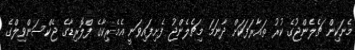
މެނަކިން ޗެލެންޖުގެ ކުރު ތައާރަފަކަށް ދާނަމަ މިޗެލެންޖު ފެށިފައިވަނީ އެމެރިކާގެ ފްލޮރިޑާގެ ޖެކްސަންވިލްގެ